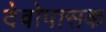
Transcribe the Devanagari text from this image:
देवोपासक